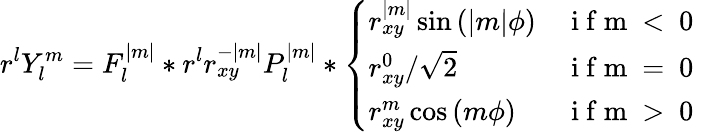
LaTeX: r^{l}Y_{l}^{m}=F_{l}^{|m|}*r^{l}r_{xy}^{-|m|}P_{l}^{|m|}*\left\{ \begin{array}{ll}{r_{xy}^{|m|}\sin{(|m|\phi)}}&{\mathrm{~i~f~m~<~0~}}\\ {r_{xy}^{0}/\sqrt{2}}&{\mathrm{~i~f~m~=~0~}}\\ {r_{xy}^{m}\cos{(m\phi)}}&{\mathrm{~i~f~m~>~0~}}\end{array}\right.